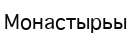
Монастырьы